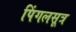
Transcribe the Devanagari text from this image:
पिंगलसूत्र